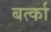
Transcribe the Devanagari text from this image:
बर्त्का